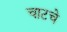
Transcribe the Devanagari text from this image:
चाटचे